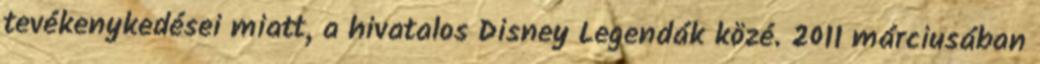
tevékenykedései miatt, a hivatalos Disney Legendák közé. 2011 márciusában